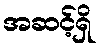
အဆင့်ရှိ